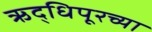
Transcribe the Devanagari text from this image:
ऋद्धिपूरच्या